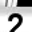
Digit: 2